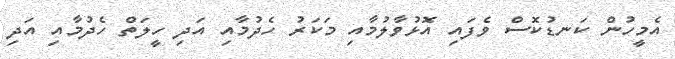
އެމީހުން ކަނޑުކޮސް ވެފައި އޮޅުވާލުމާއި މަކަރު ހެދުމާއި އަދި ހީލަތް ހެދުމާއި އަދި